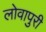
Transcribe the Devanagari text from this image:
लोवापुरी